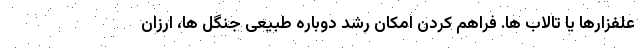
علفزارها یا تالاب ها. فراهم کردن امکان رشد دوباره طبیعی جنگل ها، ارزان